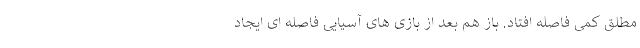
مطلق کمی فاصله افتاد. باز هم بعد از بازی های آسیایی فاصله ای ایجاد